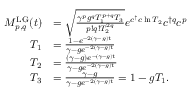
\begin{array} { r l } { M _ { p , q } ^ { \mathrm { L G } } ( t ) } & { = \sqrt { \frac { \gamma ^ { p } g ^ { q } T _ { 1 } ^ { p + q } T _ { 3 } } { p ! q ! T _ { 2 } ^ { 2 q } } } e ^ { c ^ { \dagger } c \ln T _ { 2 } } c ^ { \dagger q } c ^ { p } } \\ { T _ { 1 } } & { = \frac { 1 - e ^ { - 2 ( \gamma - g ) t } } { \gamma - g e ^ { - 2 ( \gamma - g ) t } } } \\ { T _ { 2 } } & { = \frac { ( \gamma - g ) e ^ { - ( \gamma - g ) t } } { \gamma - g e ^ { - 2 ( \gamma - g ) t } } } \\ { T _ { 3 } } & { = \frac { \gamma - g } { \gamma - g e ^ { - 2 ( \gamma - g ) t } } = 1 - g T _ { 1 } . } \end{array}